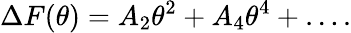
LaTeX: \Delta F(\theta)=A_{2}\theta^{2}+A_{4}\theta^{4}+\ldots.